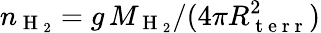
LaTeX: n_{\mathrm{~H~}_{2}}=g\, M_{\mathrm{~H~}_{2}}/(4\pi R_{\mathrm{~t~e~r~r~}}^{2})